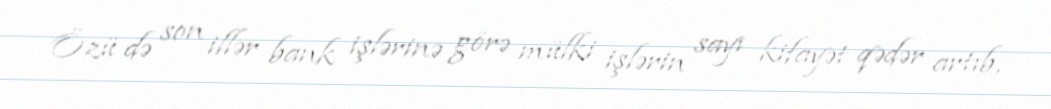
Özü də son illər bank işlərinə görə mülki işlərin sayı kifayət qədər artıb,